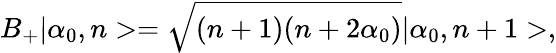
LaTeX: B_{+}|\alpha_{0},n>=\sqrt{(n+1)(n+2\alpha_{0})}|\alpha_{0},n+1>,